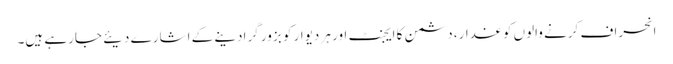
انحراف کرنے والوں کو غدار، دشمن کا ایجنٹ اور ہر دیوار کو بزور گرادینے کے اشارے دیئے جارہے ہیں۔